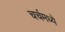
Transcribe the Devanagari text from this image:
चर्चमध्‍ये